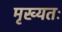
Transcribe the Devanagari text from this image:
मृख्यतः